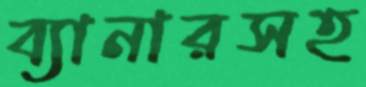
ব্যানারসহ